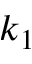
k _ { 1 }